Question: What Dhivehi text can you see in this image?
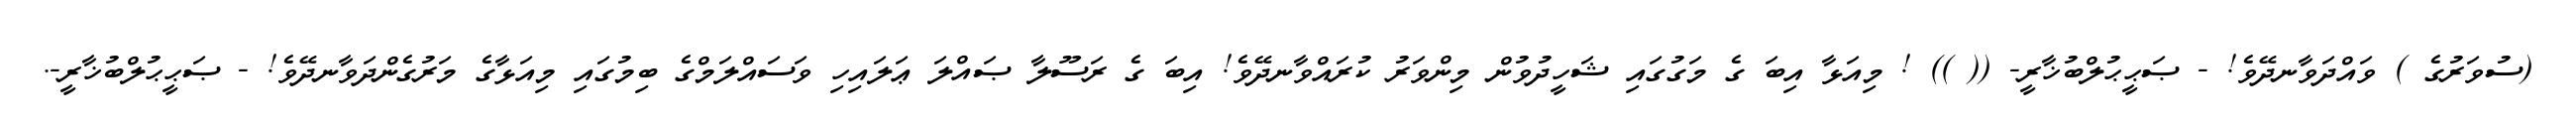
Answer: (ސުވަރުގެ ) ވައްދަވާނދޭވެ! - ޞަޙީޙުލްބުޚާރީ- (( )) ! މިއަޅާ އިބަ ގެ މަގުގައި ޝަހީދުވުން މިންވަރު ކުރައްވާނދޭވެ! އިބަ ގެ ރަސޫލާ ޞައްލަ ޢަލައިހި ވަސައްލަމްގެ ބިމުގައި މިއަޅާގެ މަރުގެންދަވާނދޭވެ! - ޞަޙީޙުލްބުޚާރީ-.